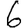
Digit: 6